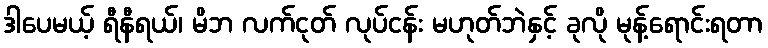
ဒါပေမယ့် ရီနီရယ်၊ မိဘ လက်ငုတ် လုပ်ငန်း မဟုတ်ဘဲနှင့် ခုလို မုန့်ရောင်းရတာ